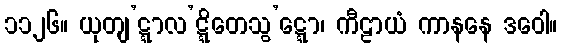
၁၁၂၆။ ယုတျ’ဋ္ဋာလ’ဋ္ဋိတေသွ’ဋ္ဋော၊ ကီဠာယံ ကာနနေ ဒဝေါ။